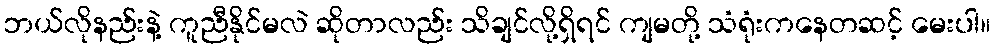
ဘယ်လိုနည်းနဲ့ ကူညီနိုင်မလဲ ဆိုတာလည်း သိချင်လို့ရှိရင် ကျမတို့ သံရုံးကနေတဆင့် မေးပါ။